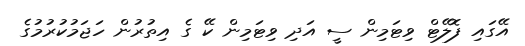
އޭގައި ފޮލޭޓް ވިޓަމިން ސީ އަދި ވިޓަމިން ކޭ ގެ އިތުރުން ހަޖަމުކުރުމުގެ